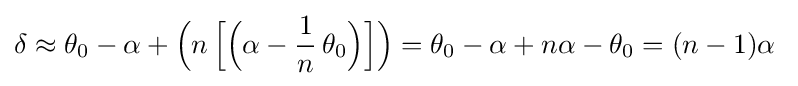
\delta \approx \theta _{0}-\alpha +{\Big (}n\,{\Big [}{\Big (}\alpha -{\frac {1}{n}}\,\theta _{0}{\Big )}{\Big ]}{\Big )}=\theta _{0}-\alpha +n\alpha -\theta _{0}=(n-1)\alpha \